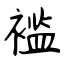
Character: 褴